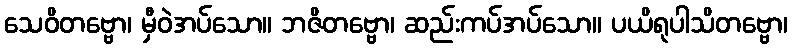
သေဝိတဗ္ဗော၊ မှီဝဲအပ်သော။ ဘဇိတဗ္ဗော၊ ဆည်းကပ်အပ်သော။ ပယိရုပါသိတဗ္ဗော၊